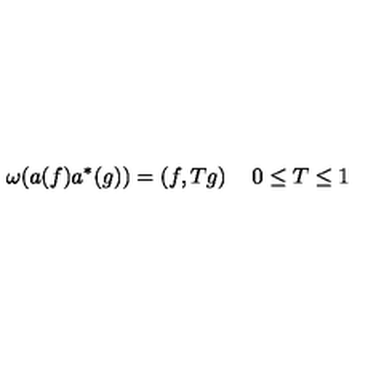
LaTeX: \omega ( a ( f ) a ^ { * } ( g ) ) = \left( f , T g \right) \quad 0 \leq T \leq 1